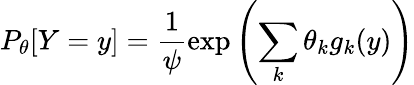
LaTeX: P_{\theta}[Y=y]=\frac{1}{\psi}\exp\left(\sum_{k}\theta_{k}g_{k}(y)\right)